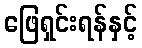
ဖြေရှင်းရန်နှင့်